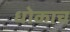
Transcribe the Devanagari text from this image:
धोकाच